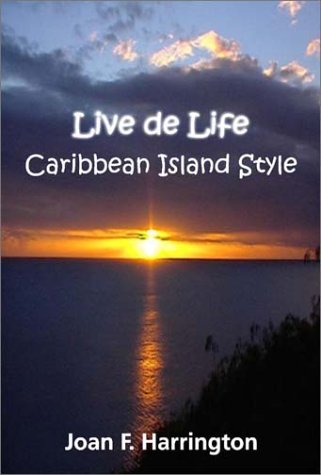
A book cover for Live De Life: Caribbean Island Style; Joan F. Harrington; Travel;